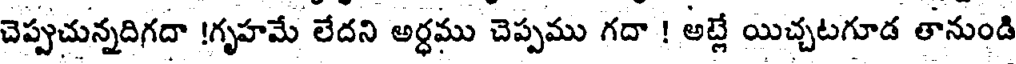
చెప్పుచున్నదిగదా !గృహమే లేదని అర్ధము చెప్పము గదా ! అట్లే యిచ్చటగూడ తానుండి